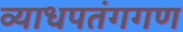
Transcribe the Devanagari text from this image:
व्याधपतंगगण